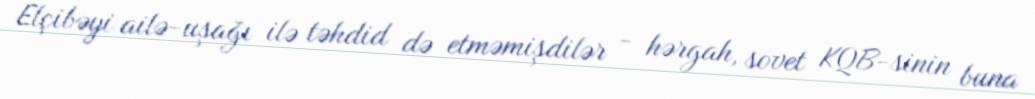
Elçibəyi ailə-uşağı ilə təhdid də etməmişdilər - hərgah, sovet KQB-sinin buna